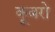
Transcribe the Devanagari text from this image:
कूबरो